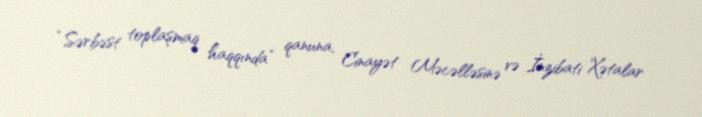
“Sərbəst toplaşmaq haqqında” qanuna, Cinayət Məcəlləsinə və İnzibati Xətalar